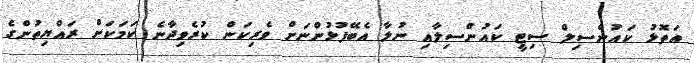
އަތޮޅު ކައުންސިލް ސިޓީ ކައުންސިލާއި ނުލާ އެބޭފުޅުންނަށް ވެރިކަން ކުރެވިދާނެ ކަމަކަށް ރައްޔިތުންގެ